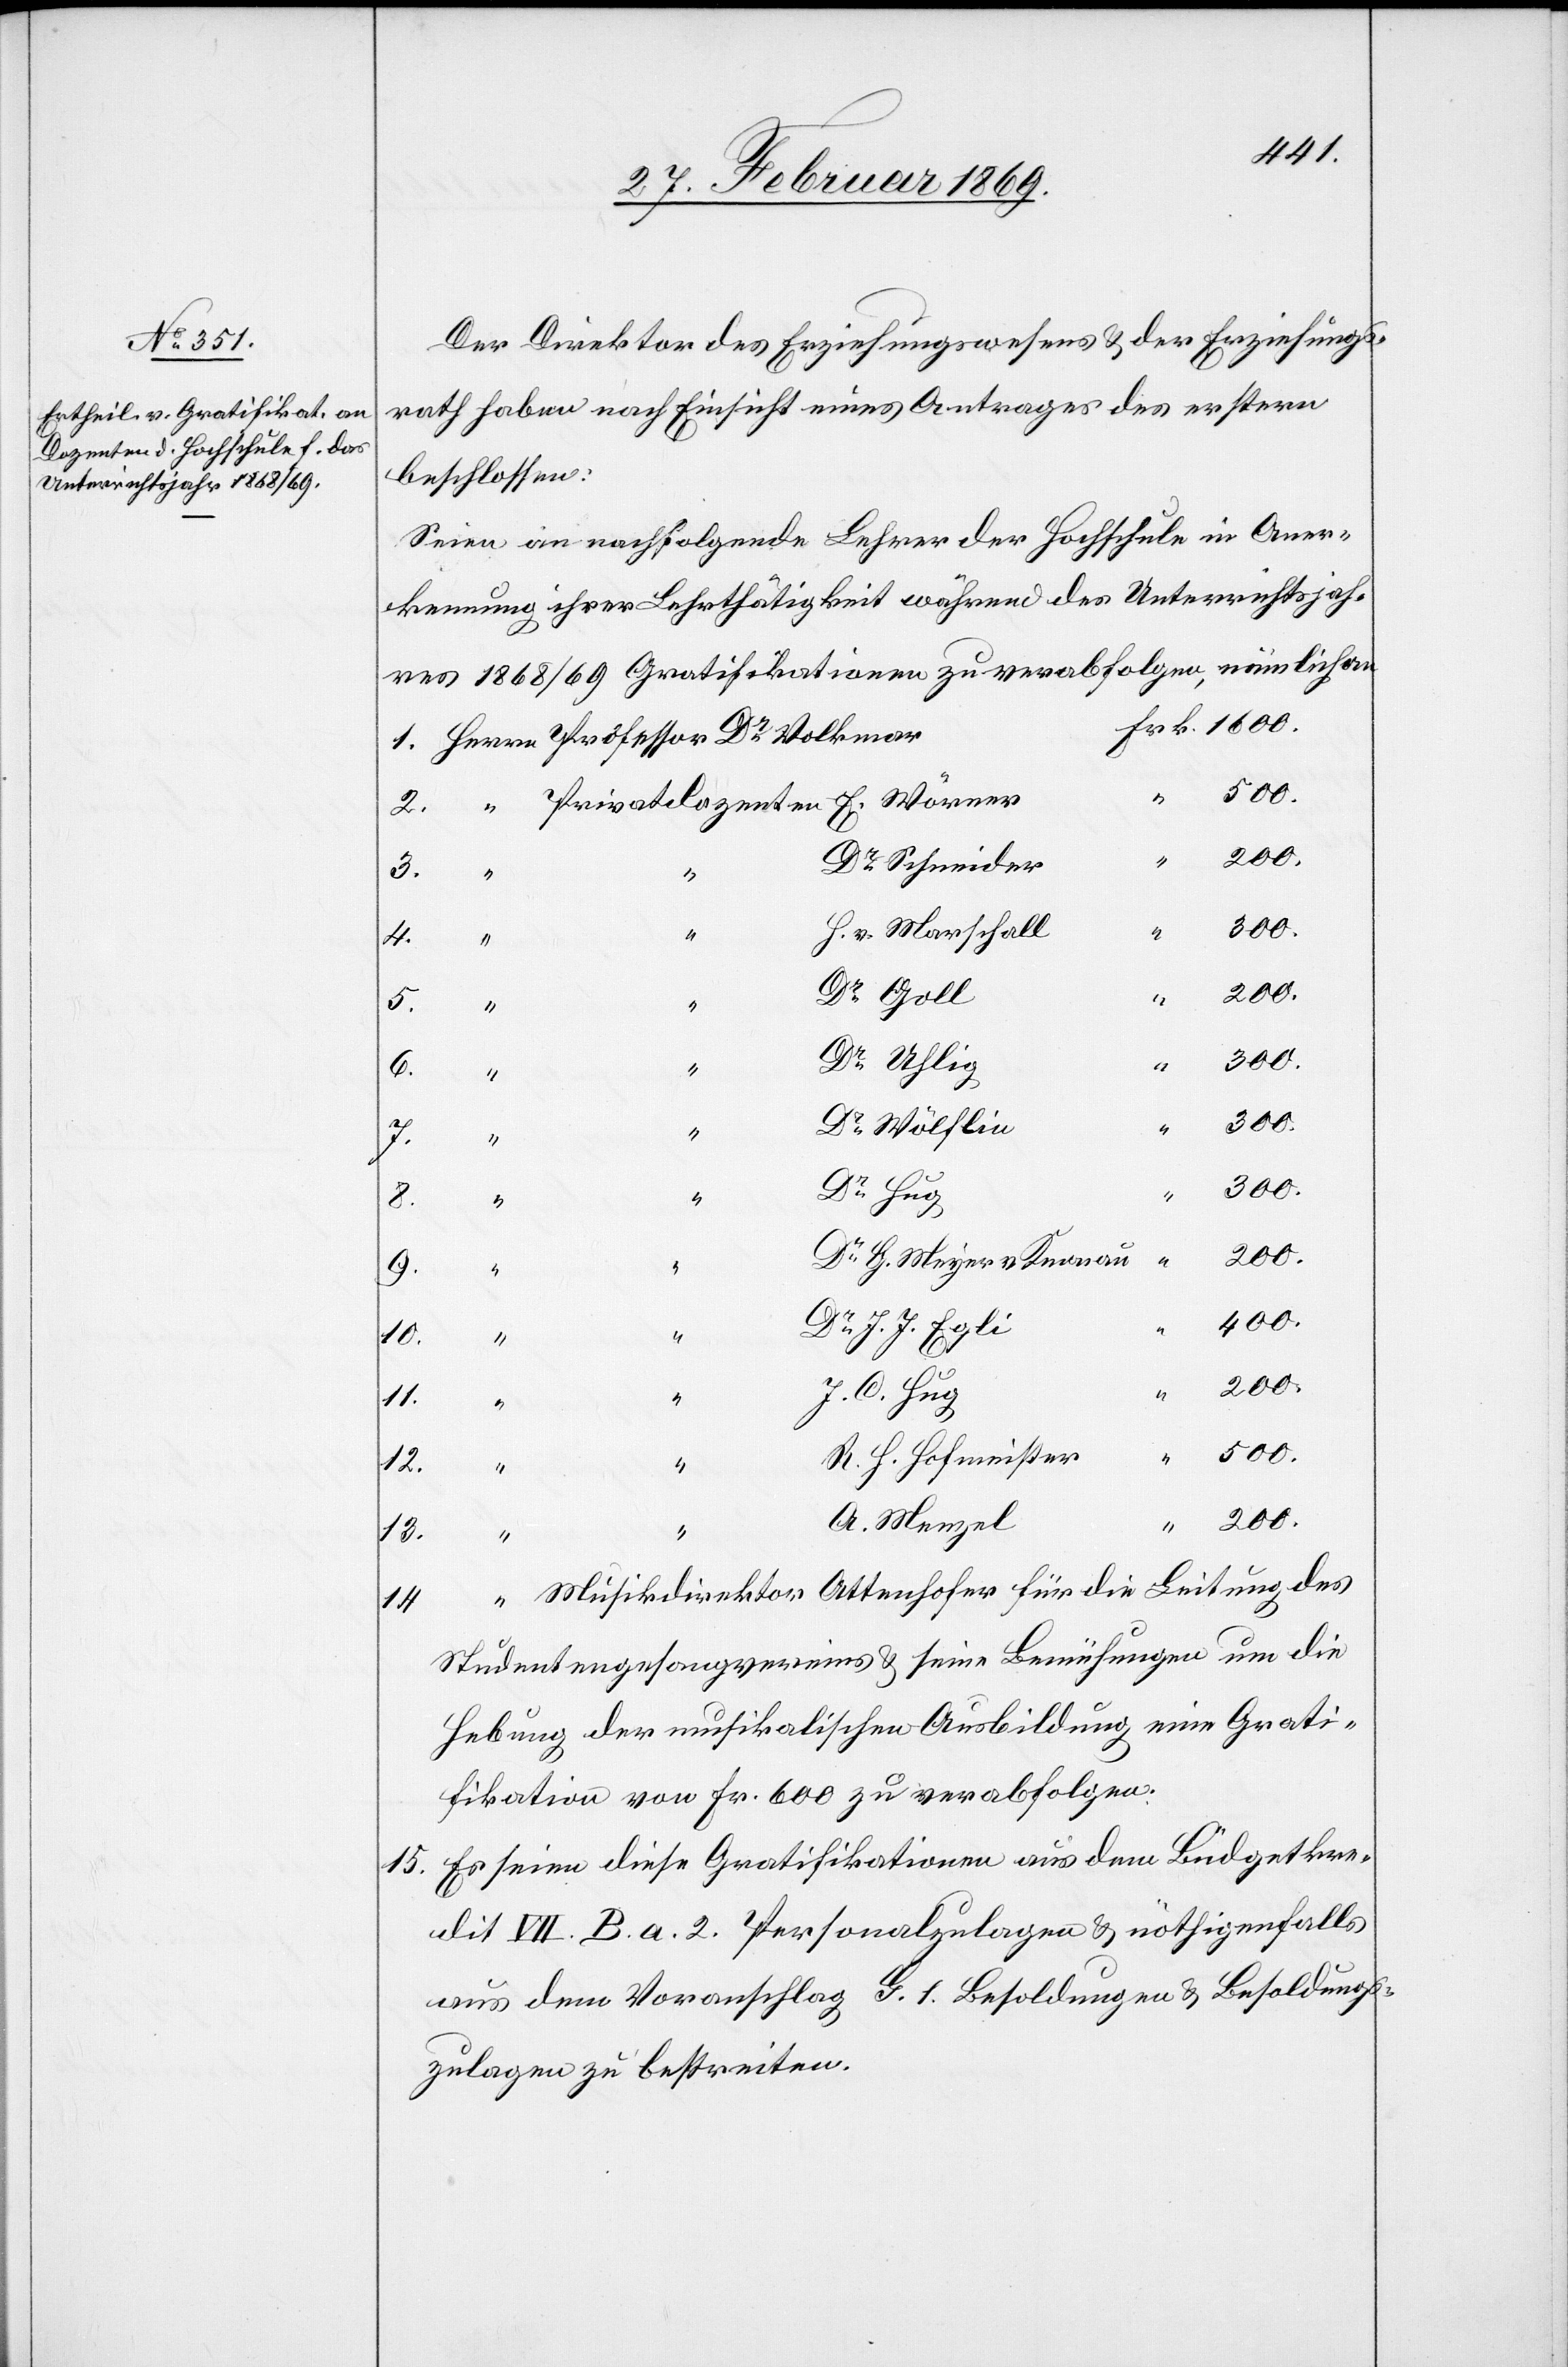
Der Direktor des Erziehungswesens u. der Erziehungs¬
rath haben nach Einsicht eines Antrages des erstern
beschlossen:
seien an nachfolgende Lehrer der Hochschule in Aner¬
kennung ihrer Lehrthätigkeit während des Unterrichtsjah¬
res 1868/69 Gratifikationen zu verabfolgen, nämlich an
“
Dr Schneider
H. v. Marschall
Dr Goll
5.
Dr Uhlig
300.
8.
6.
300.
Dr Wölflin
Dr Hug
2.
E.
“
200.
Dr G. Meyer v. Knonau
“
9.
“
400.
Dr J. J. Egli
10.
J. C. Hug
11.
“
500.
R. H. Hofmeister
12.
“
200.
A. Menzel
“
14.
“
Musikdirektor Ottenhofer für die Leitung des
Studentenpersonenvereines & seine Bemühungen um die
Hebung der musikalischen Ausbildung eine Grati¬
fikation von Fr. 600 zu verabfolgen.
15. Es seien diese Gratifikationen aus dem Büdgetkre¬
dit VII. B. a. 2. Personalzulagen & nöthigenfalls
aus dem Voranschlag G. 1. Besoldungen & Besoldungs¬
zulagen zu bestreiten.